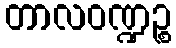
တာလဝဏ္ဍဉ္စ